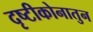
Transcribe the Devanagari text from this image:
दृष्टीकोनातुन